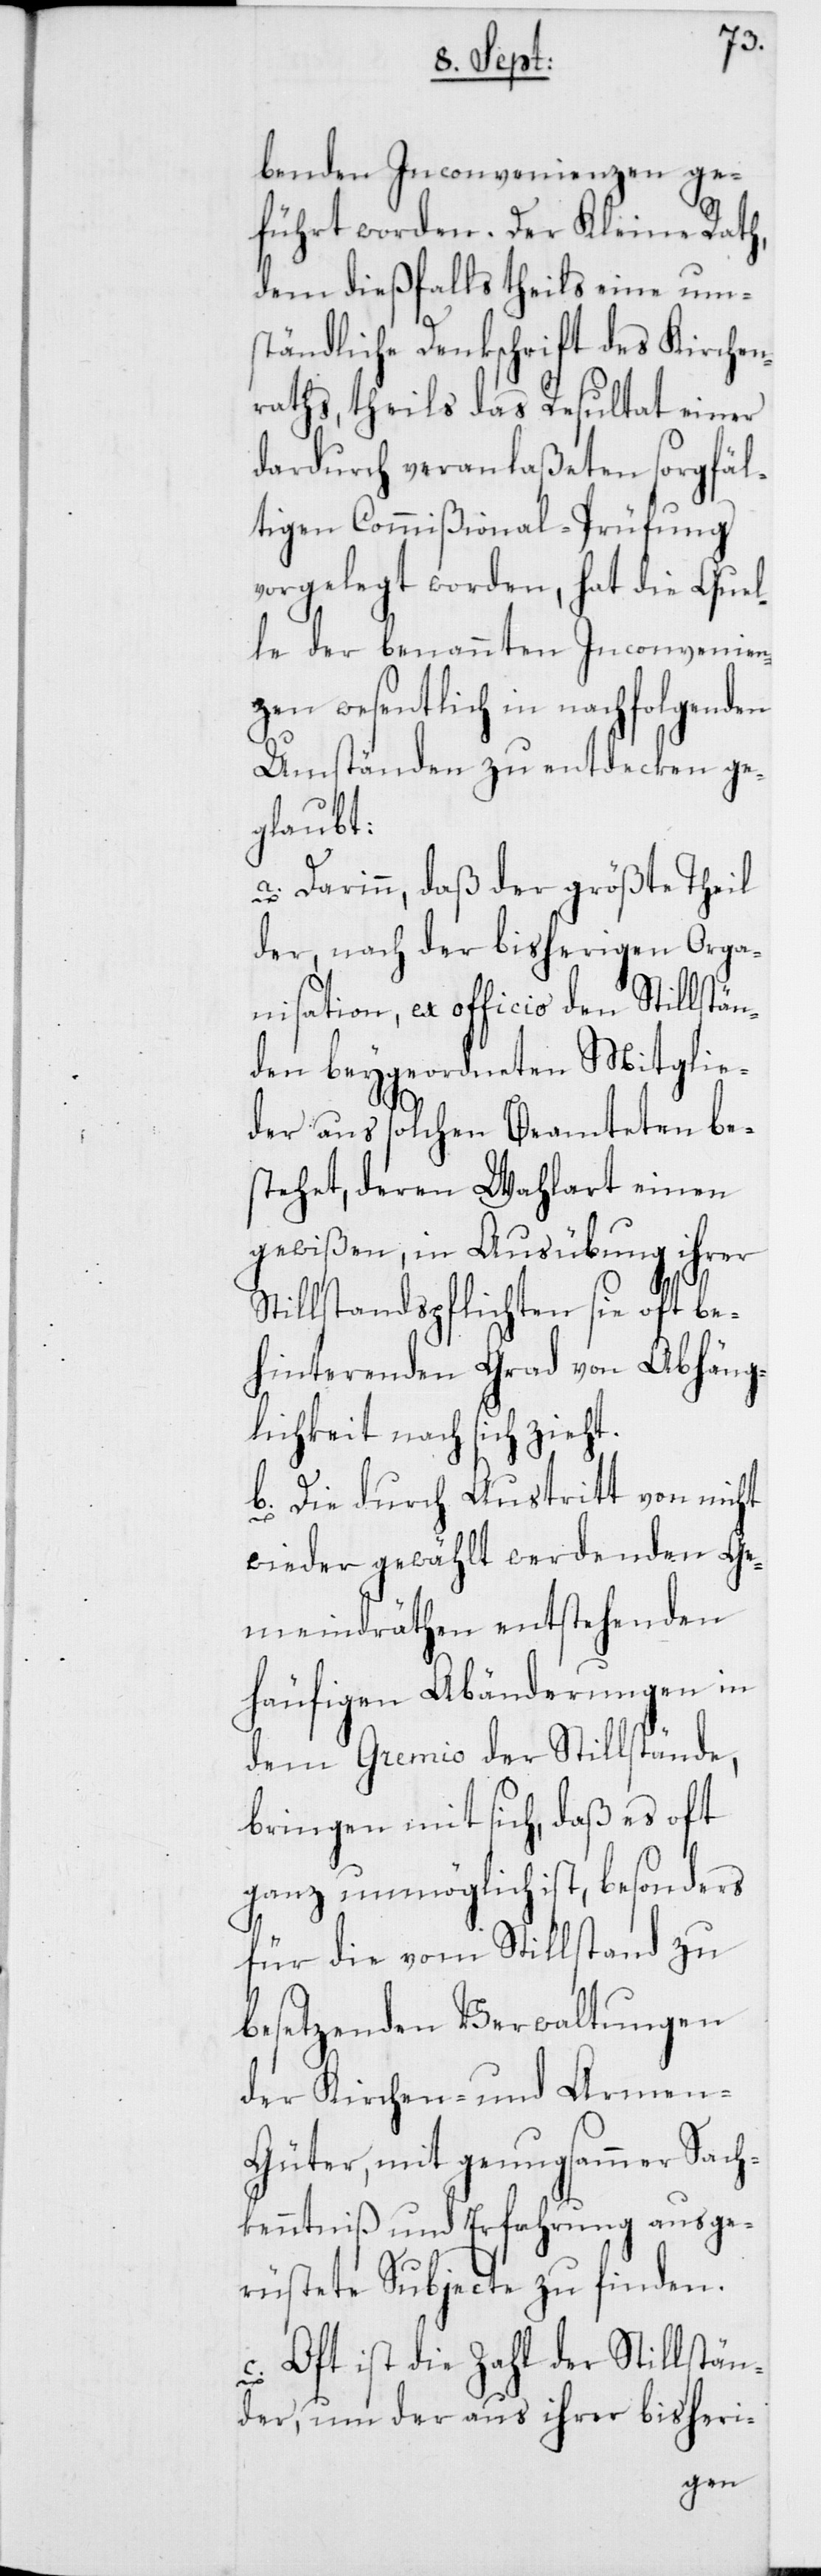
benden Inconvenienzen ge¬
führt worden. Der Kleine Rath,
dem dießfalls theils eine um¬
ständliche Denkschrift des Kirchen¬
raths, theils das Resultat einer
dardurch veranlaßeten sorgfäl¬
tigen Commißional-Prüfung
vorgelegt worden, hat die Quel¬
le der benannten Inconvenien¬
zen wesentlich in nachfolgenden
Umständen zu entdecken ge¬
glaubt:
a) Darinn, daß der größte Theil
der, nach der bisherigen Orga¬
nisation, ex officio den Stillstä¬
nden beygeordneten Mitglie¬
der aus solchen Beamteten be¬
stehet, deren Wahlart einen
gewißen, in Ausübung ihrer
Stillstandspflichten sie oft be¬
hinterenden Grad von Abhäng¬
igkeit nach sich zieht.
b) Die durch Austritt von nicht
wieder gewählt werdenden Ge¬
meindräthen entstehenden
häufigen Abänderungen in
dem Gremio der Stillstände,
bringen mit sich, daß es oft
ganz unmöglich ist, besonders
für die vom Stillstand zu
besetzenden Verwaltungen
der Kirchen- und Armen-G¬
üter, mit genugsammer Sach¬
kenntniß und Erfahrung ausge¬
rüstete Subjecte zu finden.
c) Oft ist die Zahl der Stillstän¬
der, um der aus ihrer bisheri-